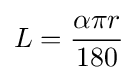
L={\frac {\alpha \pi r}{180}}